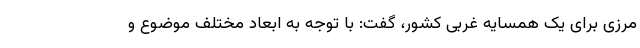
مرزی برای یک همسایه غربی کشور، گفت: با توجه به ابعاد مختلف موضوع و